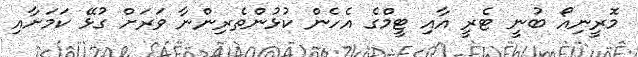
މޮރީނިއޯ ބުނީ ޓެރީ އާއި ޓީމްގެ އެހެން ކުޅުންތެރިންނާ ވަރަށް ގުޅޭ ކަމަށާއި